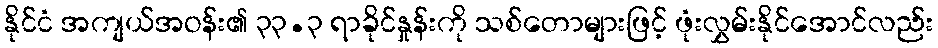
နိုင်ငံ အကျယ်အဝန်း၏ ၃၃.၃ ရာခိုင်နှုန်းကို သစ်တောများဖြင့် ဖုံးလွှမ်းနိုင်အောင်လည်း